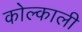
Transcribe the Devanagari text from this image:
कोल्काली